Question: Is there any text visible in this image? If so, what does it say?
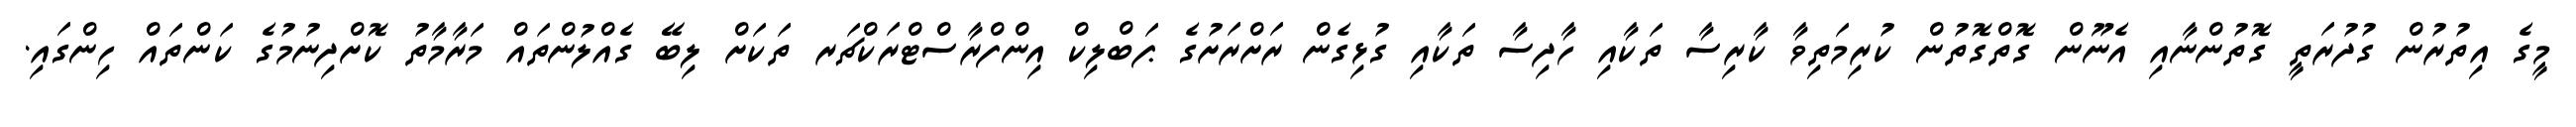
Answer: މީގެ އިތުރުން ގުދުރަތީ ގޮތުންނާއި އެނޫން ގޮތްގޮތުން ކުރިމަތިވާ ކާރިސާ ތަކާއި ހާދިސާ ތަކާއި ގުޅިގެން ރަށްރަށުގެ ޕަބްލިކް އިންފްރާސްޓްރަކްޗަރ ތަކަށް ލިބޭ ގެއްލުންތައް މަރާމާތު ކޮށްދިނުމުގެ ކަންތައް ހިންގައި.